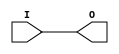
module IBUF_SSTL18_II (O, I);

    output O;

    input  I;

	buf B1 (O, I);


endmodule